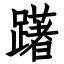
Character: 躇